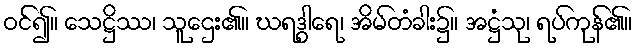
ဝင်၍။ သေဋ္ဌိဿ၊ သူဌေး၏။ ဃရဒွါရေ၊ အိမ်တံခါး၌။ အဋ္ဌံသု၊ ရပ်ကုန်၏။